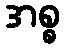
အစ္စ